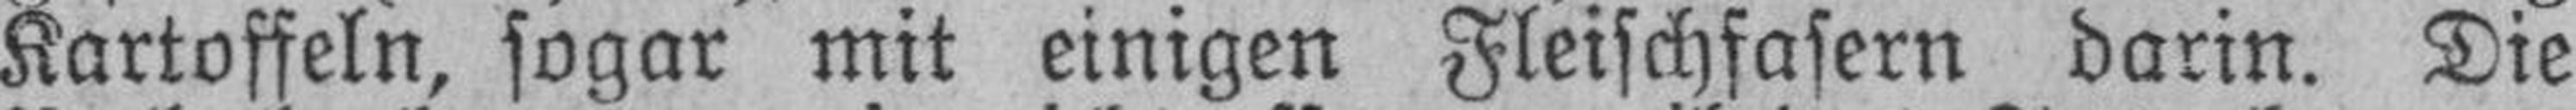
Kartoffeln, sogar mit einigen Fleischfasern darin. Die